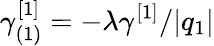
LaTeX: \gamma_{(1)}^{[1]}=-\lambda\gamma^{[1]}/\vert q_{1}\vert